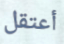
أعتقل